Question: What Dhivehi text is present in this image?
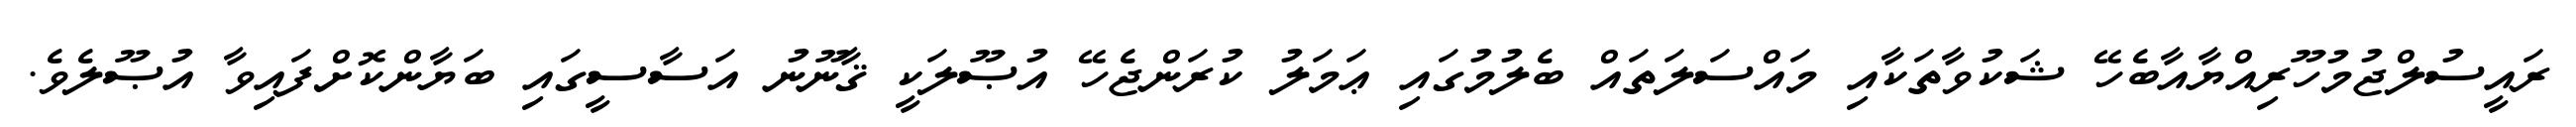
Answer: ރައީސުލްޖުމުހޫރިއްޔާއާބެހޭ ޝަކުވާތަކާއި މައްސަލަތައް ބެލުމުގައި ޢަމަލު ކުރަންޖެހޭ އުޞޫލަކީ ޤާނޫނު އަސާސީގައި ބަޔާންކޮށްފައިވާ އުޞޫލެވެ.